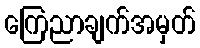
ကြေညာချက်အမှတ်